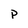
Character: P